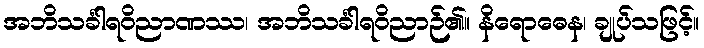
အဘိသင်္ခါရဝိညာဏဿ၊ အဘိသင်္ခါရဝိညာဉ်၏။ နိရောဓေန၊ ချုပ်သဖြင့်။